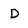
Character: D